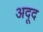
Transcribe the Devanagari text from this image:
अदूद